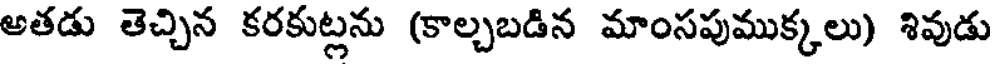
అతడు తెచ్చిన కరకుట్లను (కాల్చబడిన మాంసపుముక్కలు) శివుడు